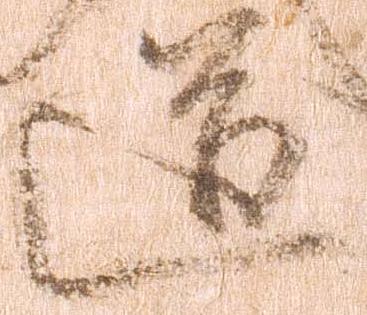
道